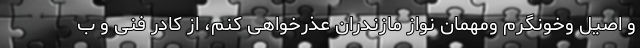
و اصیل وخونگرم ومهمان نواز مازندران عذرخواهی کنم، از کادر فنی و ب